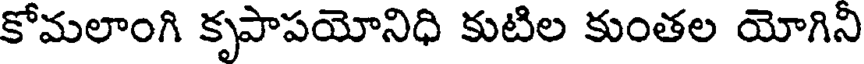
కోమలాంగి కృపాపయోనిధి కుటిల కుంతల యోగిని